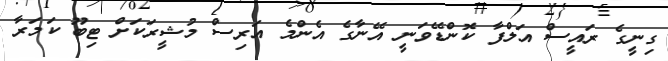
ގިނީގެ ރައީސް އަލްފާ ކޮންޑޭވަނީ އޭނާގެ އެންމެ އަރިސް މުޝީރަކަށް ޓިބޫ ކަމަރާ